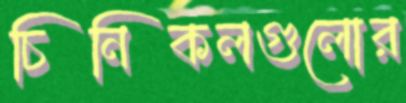
চিনিকলগুলোর